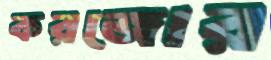
করজোর